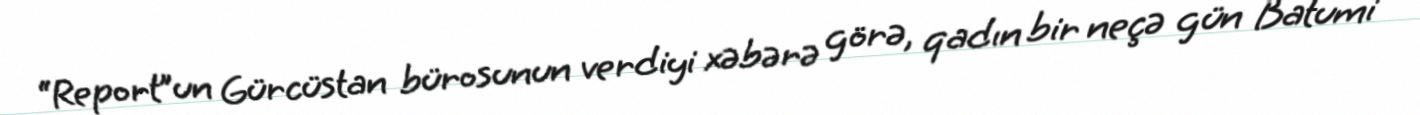
“Report”un Gürcüstan bürosunun verdiyi xəbərə görə, qadın bir neçə gün Batumi